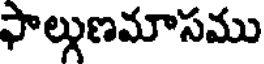
ఫాల్గుణమాసము